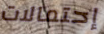
إحتمالات